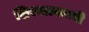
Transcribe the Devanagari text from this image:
शिरवळकरनी